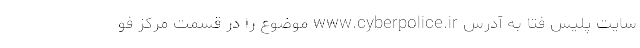
سایت پلیس فتا به آدرس www.cyberpolice.ir موضوع را در قسمت مرکز فو